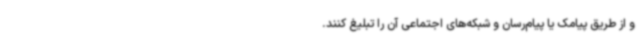
و از طریق پیامک یا پیام‌رسان و شبکه‌های اجتماعی آن را تبلیغ کنند.